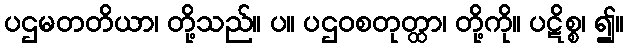
ပဌမတတိယာ၊ တို့သည်။ ပ။ ပဌဝစတုတ္ထာ၊ တို့ကို။ ပဋိစ္စ၊ ၍။